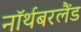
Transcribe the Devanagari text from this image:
नॉर्थबरलैंड